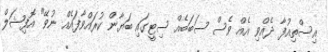
އިސްތިއުފާ ދެއްވި އެއް ވެސް ސަބަބެއް ސިޓީގައި ބަޔާން ކުރައްވާފައެއް ނުވޭ" އޮފިޝަލް